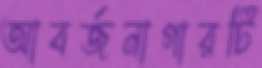
আবর্জনাগারটি